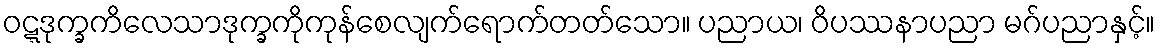
ဝဋ္ဋဒုက္ခကိလေသာဒုက္ခကိုကုန်စေလျက်ရောက်တတ်သော။ ပညာယ၊ ဝိပဿနာပညာ မဂ်ပညာနှင့်။